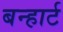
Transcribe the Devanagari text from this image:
बन्हार्ट